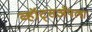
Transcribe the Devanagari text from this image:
व्हॉट्सॲपला